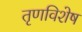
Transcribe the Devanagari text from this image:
तृणविशेष